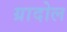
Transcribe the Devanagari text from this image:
ग्रादोल